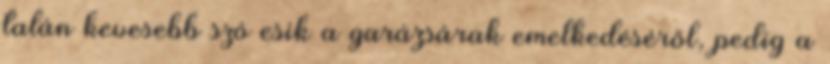
talán kevesebb szó esik a garázsárak emelkedéséről, pedig a